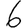
Digit: 6